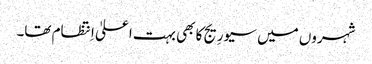
شہروں میں سیورِیج کا بھی بہت اعلیٰ اِنتظام تھا۔